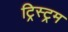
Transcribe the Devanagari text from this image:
ट्रिस्ट्रम